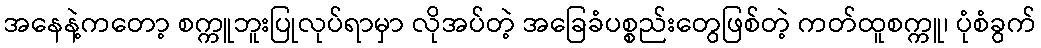
အနေနဲ့ကတော့ စက္ကူဘူးပြုလုပ်ရာမှာ လိုအပ်တဲ့ အခြေခံပစ္စည်းတွေဖြစ်တဲ့ ကတ်ထူစက္ကူ၊ ပုံစံခွက်